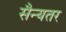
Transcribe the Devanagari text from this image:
सैन्यतर